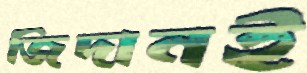
জিদানই